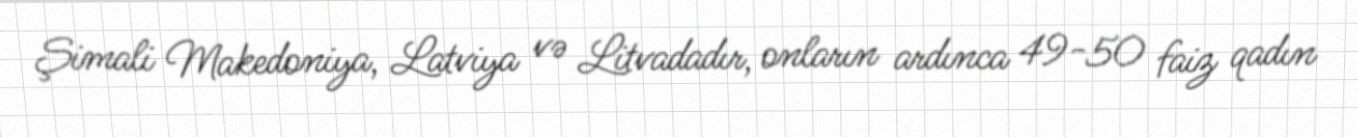
Şimali Makedoniya, Latviya və Litvadadır, onların ardınca 49-50 faiz qadın